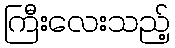
ကြီးလေးသည့်